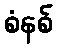
စံနစ်